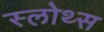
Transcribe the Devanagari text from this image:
स्लोथ्स